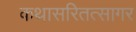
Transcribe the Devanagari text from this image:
कथासरितत्सागर